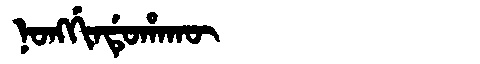
Manchu: ᠨᠣᠩᡤᡳᠨᡩᡠᡥᠠᡴᡡ
Romanization: NONGGINDUHAKŪ